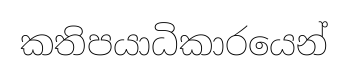
කතිපයාධිකාරයෙන්